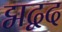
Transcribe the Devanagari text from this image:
द्मद्वद